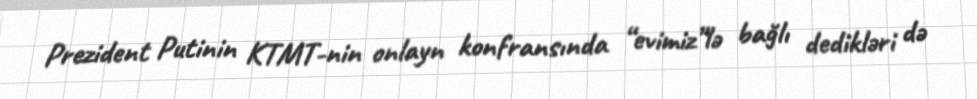
Prezident Putinin KTMT-nin onlayn konfransında “evimiz”lə bağlı dedikləri də